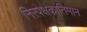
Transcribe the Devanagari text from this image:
निरपेक्षकांतिमान